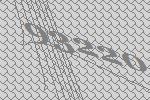
93220